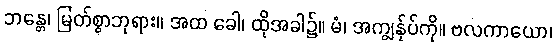
ဘန္တေ၊ မြတ်စွာဘုရား။ အထ ခေါ၊ ထိုအခါ၌။ မံ၊ အကျွန်ုပ်ကို။ ဗလကာယော၊